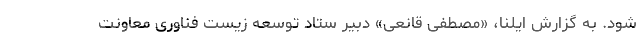
شود. به گزارش ایلنا، «مصطفی قانعی» دبیر ستاد توسعه زیست فناوری معاونت